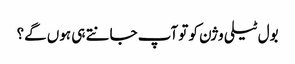
بول ٹیلی وژن کو تو آپ جانتے ہی ہوں گے؟